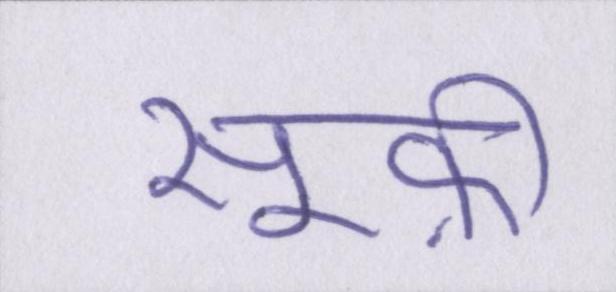
सूफ़ी